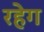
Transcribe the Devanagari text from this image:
रहेग